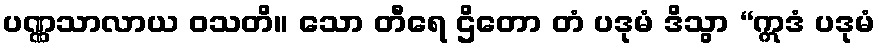
ပဏ္ဏသာလာယ ဝသတိ။ သော တီရေ ဌိတော တံ ပဒုမံ ဒိသွာ “ဣဒံ ပဒုမံ